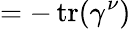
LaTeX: =-\operatorname{tr}(\gamma^{\nu})